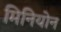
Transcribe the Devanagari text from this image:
मिनियोन